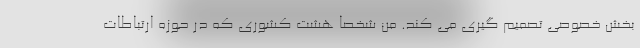
بخش خصوصی تصمیم گیری می کند. من شخصا هشت کشوری که در حوزه ارتباطات